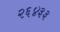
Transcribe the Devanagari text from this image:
२६४३३